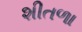
શીતળા